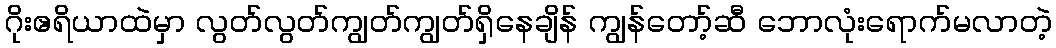
ဂိုးဧရိယာထဲမှာ လွတ်လွတ်ကျွတ်ကျွတ်ရှိနေချိန် ကျွန်တော့်ဆီ ဘောလုံးရောက်မလာတဲ့